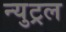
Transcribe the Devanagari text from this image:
न्युट्रल